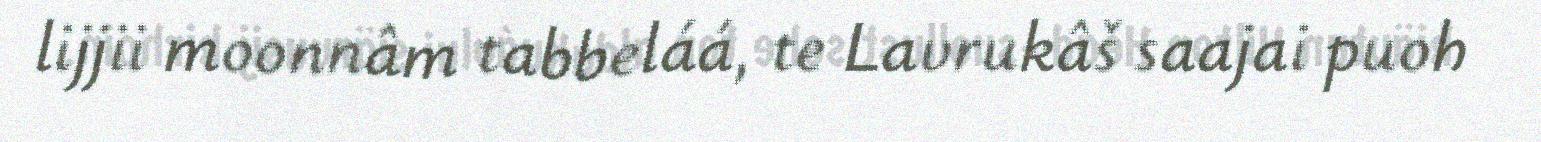
lijjii moonnâm tabbeláá, te Lavrukâš saajai puoh